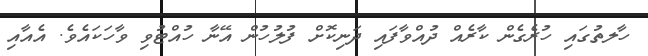
ހާލތުގައި ހުރެގެން ކާރެއް ދުއްވާފައި ދަނިކޮށް ފުލުހުން އޭނާ ހުއްޓުވި ވާހަކައެވެ. އެއާއި